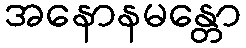
အနောနမန္တော